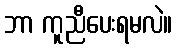
ဘာ ကူညီပေးရမလဲ။